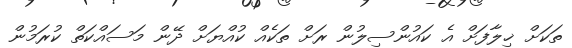
ތަކަށް ޚިލާފަށް އެ ކައުންސިލުން ރަށް ތަކެއް ކުއްޔަށް ދޭން މަސައްކަތް ކުރަމުން